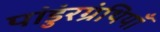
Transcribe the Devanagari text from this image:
पांडुंरग्रंथियाँ